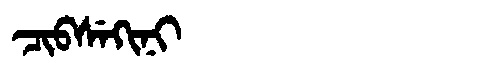
Manchu: ᠴᡳᠪᠰᡝᡴᡳᠨᡳ
Romanization: CIBSEKINI